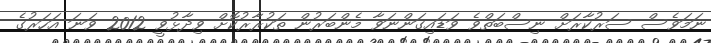
ނަމަވެސް ސަރުކާރަށް ނިސްބަތްވެ ވަޑައިގަންނަވާ މެންބަރުން ތަކުރާރުކޮށް ވިދާޅުވީ 2012 ވަނަ އަހަރުގެ